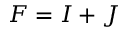
F = I + J